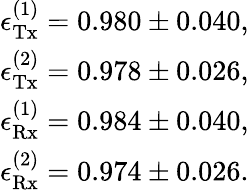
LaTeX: \begin{array}{r}{\epsilon_{\mathrm{Tx}}^{(1)}=0.980\pm 0.040,}\\ {\epsilon_{\mathrm{Tx}}^{(2)}=0.978\pm 0.026,}\\ {\epsilon_{\mathrm{Rx}}^{(1)}=0.984\pm 0.040,}\\ {\epsilon_{\mathrm{Rx}}^{(2)}=0.974\pm 0.026.}\end{array}